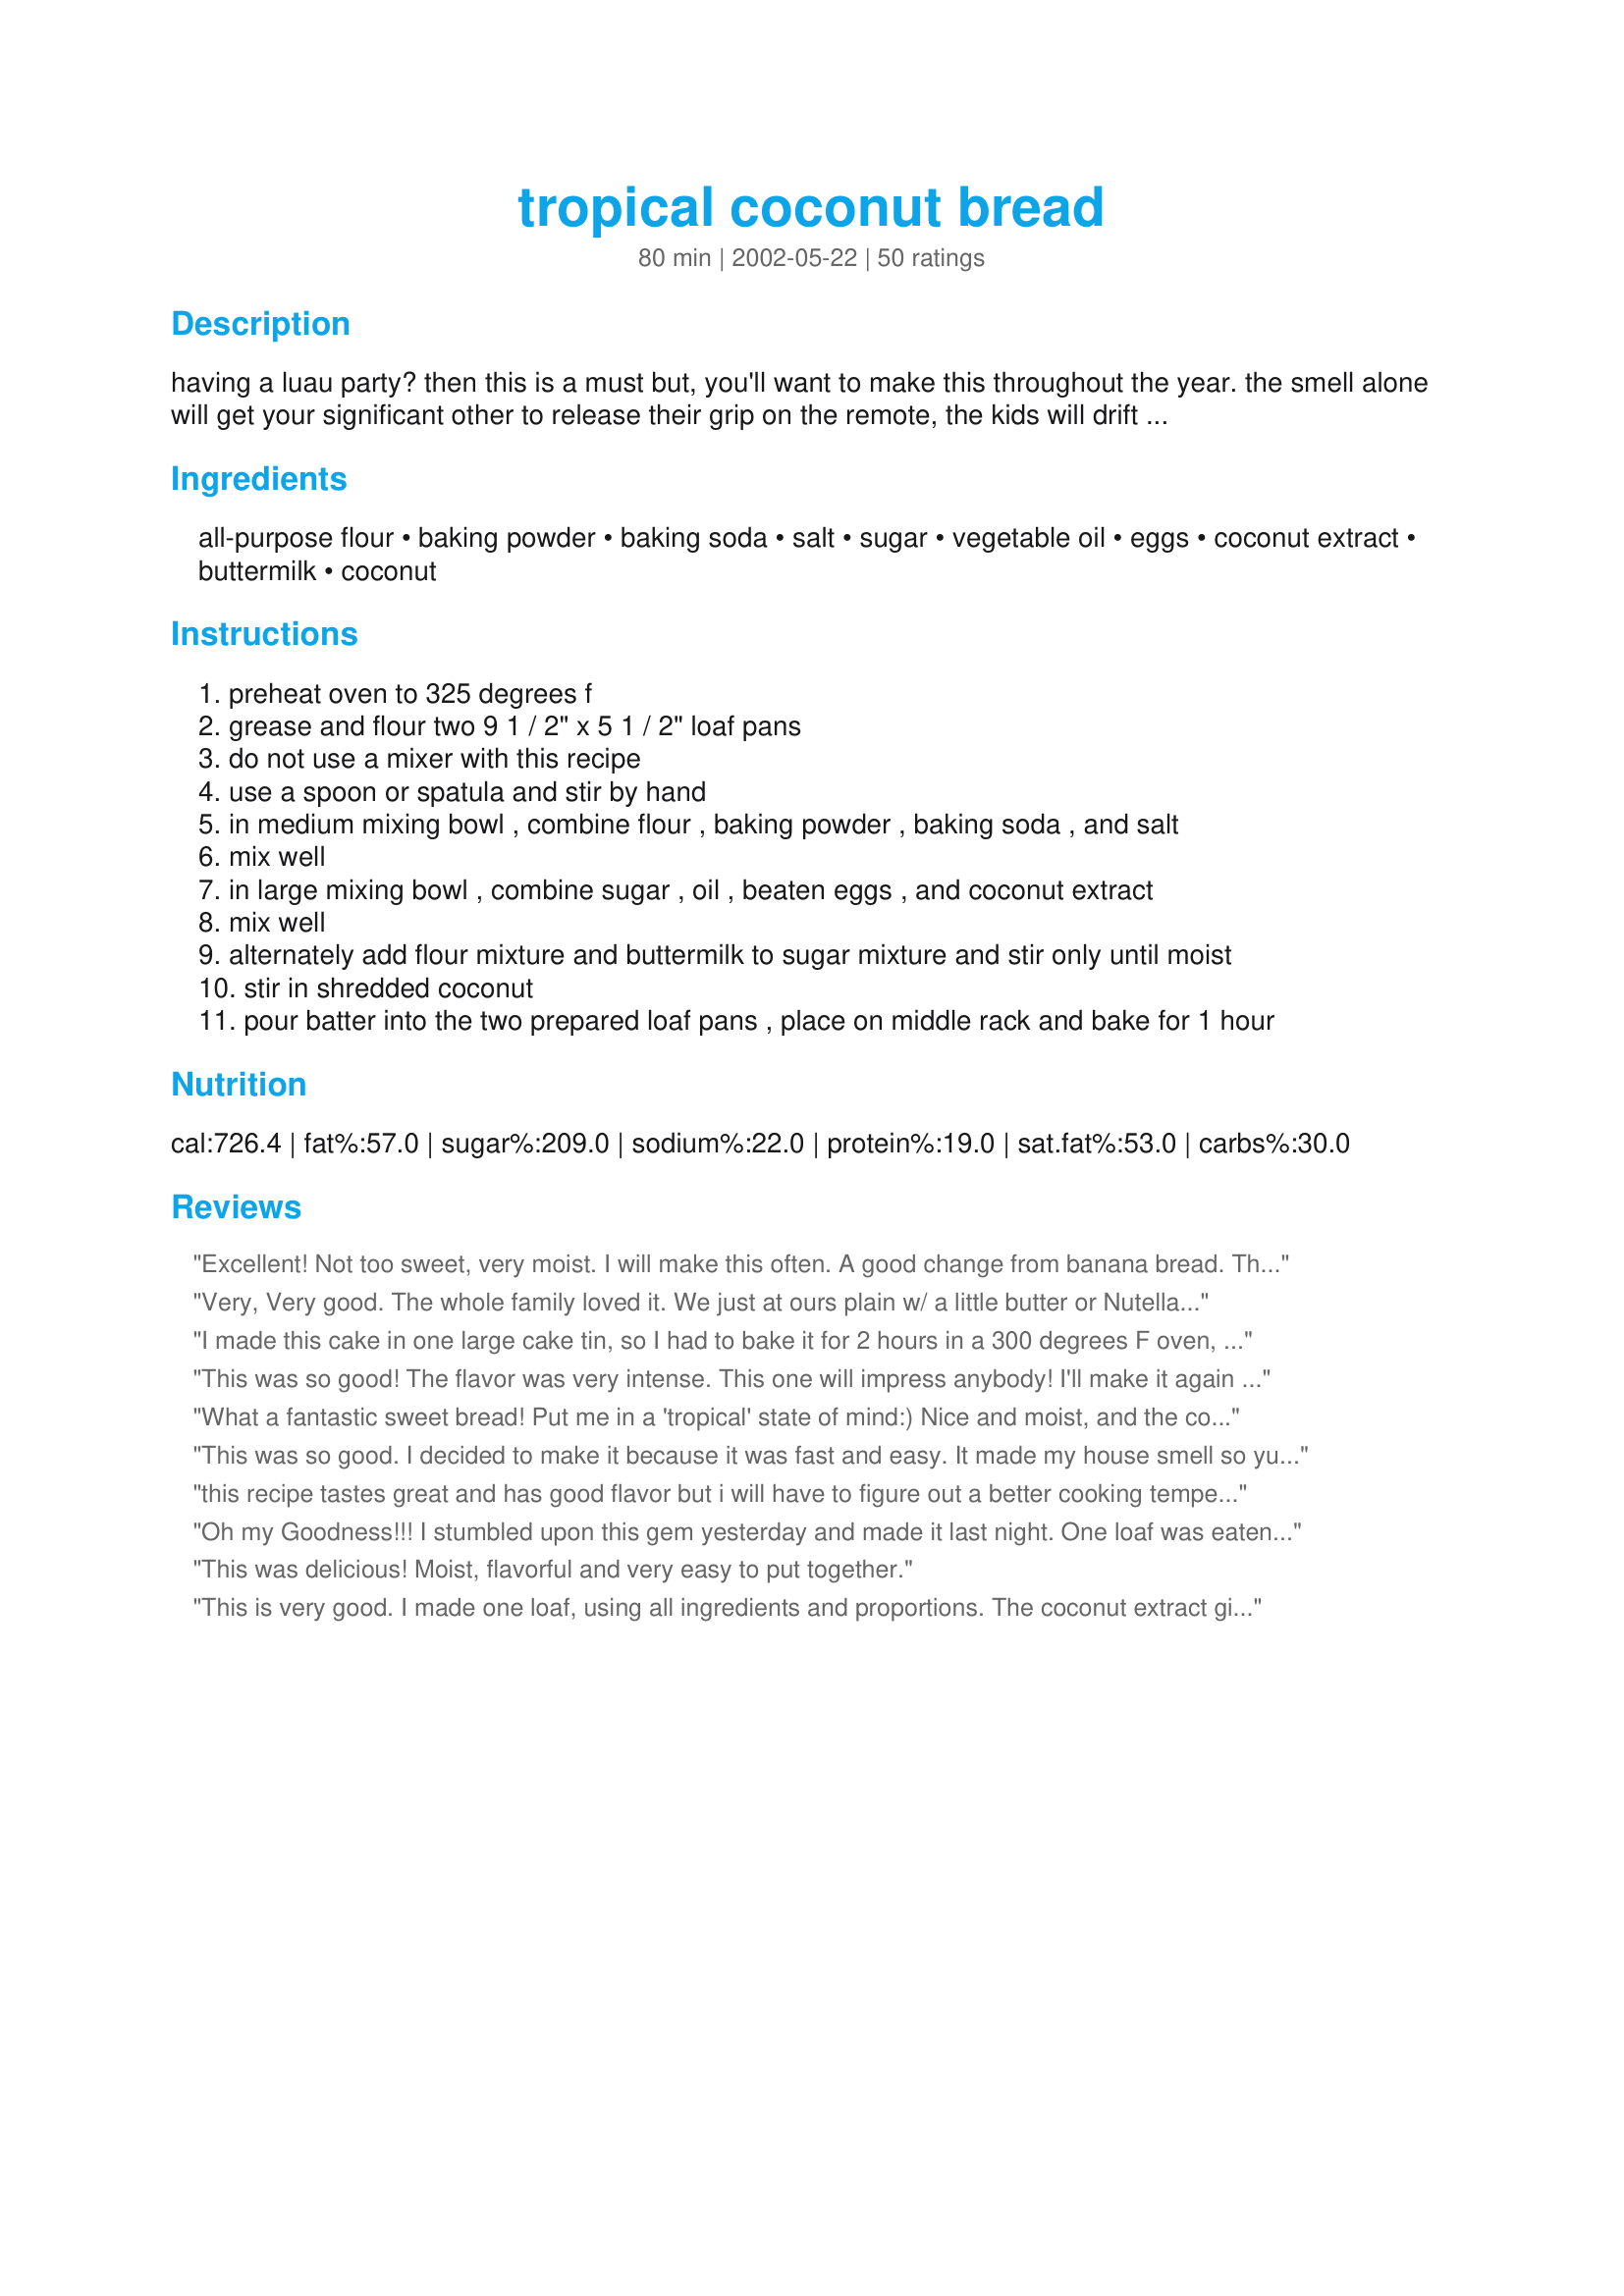
tropical coconut bread
Preparation time: 80 minutes

having a luau party? then this is a must but, you'll want to make this throughout the year. the smell alone will get your significant other to release their grip on the remote, the kids will drift out of their bedrooms and the neighbors might come knocking. i dare to say, this might even be an aphrodisiac! it's great alone but if you're adventurous, slice some strawberries on it or drizzle chocolate syrup over it and top it with some whipped cream.

Ingredients:
all-purpose flour, baking powder, baking soda, salt, sugar, vegetable oil, eggs, coconut extract, buttermilk, coconut

Steps:
preheat oven to 325 degrees f
grease and flour two 9 1 / 2" x 5 1 / 2" loaf pans
do not use a mixer with this recipe
use a spoon or spatula and stir by hand
in medium mixing bowl , combine flour , baking powder , baking soda , and salt
mix well
in large mixing bowl , combine sugar , oil , beaten eggs , and coconut extract
mix well
alternately add flour mixture and buttermilk to sugar mixture and stir only until moist
stir in shredded coconut
pour batter into the two prepared loaf pans , place on middle rack and bake for 1 hour

Reviews:
Excellent! Not too sweet, very moist. I will make this often. A good change from banana bread. Thanks.
Very, Very good. The whole family loved it. We just at ours plain w/ a little butter or Nutella! Didn't need anything else. I will make this again.
I made this cake in one large cake tin, so I had to bake it for 2 hours in a 300 degrees F oven, so the cake would bake evenly and not be burnt on the outside whilst still raw on the inside. Everybody loved it. And it got even better the next day. Wonderful!
This was so good! The flavor was very intense. This one will impress anybody! I'll make it again for sure!
What a fantastic sweet bread! Put me in a 'tropical' state of mind:) Nice and moist, and the coconut is a great flavor - something a little different from the usual. I used virgin coconut oil instead of the vegetable oil.
This was so good. I decided to make it because it was fast and easy. It made my house smell so yummy. I didn't have buttermilk on hand so I used 1 cup milk and 2 teaspoons vinegar and let it sit for five min before I used it. My entire family of 6 devoured it all. (Yes two loafs). I'm going to have to make more tomorrow. It was moist and light. Awesome recipe if you love coconut. Yummm.
this recipe tastes great and has good flavor but i will have to figure out a better cooking temperature and time. the bread started to turn brown and the center was still raw
Oh my Goodness!!! I stumbled upon this gem yesterday and made it last night. One loaf was eaten in about an hour by my family, and the other loaf was taken to work for a potluck. Within ten minutes I had a number of messages requesting this recipe! Gonna make some more tonight! YUMMMMY!!
This was delicious! Moist, flavorful and very easy to put together.
This is very good. I made one loaf, using all ingredients and proportions. The coconut extract gives the loaf a very strongly coconut flavor, and the shredded coconut adds an interesting texture, making this quite different from other quick breads. Thank you very much for sharing the recipe with us.
We liked this recipe, but didn't love it so I'm only giving it four stars. I like the texture the coconut adds, but I felt the flavor was too subtle for a quick bread. I think maybe adding some crushed pineapple make it better.
I substituted maple extract for the coconut extract. YUMMY!
So, I made this originally in October and I had the same problem as Poison_Ivy. The middles of my loaves never set and it was simply way too dense. This time, I used 1-1/2 cups of all purpose flour, and 1-1/2 cups of bread flour. I had no buttermilk, so I used a substitute of 1 tablespoon of white vinegar and added enough milk to make 1 cup, letting it stand for 10 or so minutes. At 325 degrees, it took me about 1-1/2 hours to bake the loaves, and using convection heat for the last 20 minutes. My bread came out beautifully brown with a crisp crust, but a nice moist middle. Thanks for sharing QTPetootie!
Easy and quick to make. Doubled the recipe and made 8 small loaves. Doesn't my sister have the greatest recipes in her book? Too bad I have been invited to sample them all!
This bread is really good. I have to confess though that I didn't have any coconut so I drained a can of crushed pineapple and used that. In hind site I wish I would have used part of the juice instead of all of that oil. I also used coconut milk as some of the other reviewers said. My husband loved it, it was moist and so good. Made it to take camping with us for breakfast..
Very good; not too sweet. Cut the recipe in half as I have 1 loaf pan. It may have affected the cooking time for it was a bit overdone. Will definitely make again. Thanks for posting!
We had a hospital-wide Nurses' Week brunch. I made this delicious quick bread and it was a very big hit. Had a good moist texture. The coconut flavor shined through and I used fresh shredded coconut which made it very yummy. Not a crumb left and had many requests for the recipe. Thanks QTPetootie.
This turned out great! The only changes I made, were as follows: I toasted the coconut in the oven, on a sheet pan at 300 for about 15 min, and allowed to cool before adding. Gives a crunchier texture, and nuttier flavor to the coconut. I also baked the whole recipe in a bundt pan. This has proven to be a great solution to the problem of very dense cakes and breads that tend to want to over-brown on the outside, before baking thru on the inside. Plus it's pretty. 2 loaf pan's worth of batter is a perfect fit for the bundt pan. I also sprayed the pan well with butter flavored spray, then coated well with granulated sugar. This gives such a fantastic chewy texture to the crust. I might try adding a bit of pineapple next time. This is a GREAT springboard recipe. Thank you so much QTPetootie!
This was amazing! It was so delicious that my family was fighting over for it. My family even thought it was a cake box mix! Next time i would use less shredded coconut (someone said that it was too chewy in the bread) or shred it more in a food processor. When the bread came out of the oven, it was hard and crusty on the outside, so i wrap it up in cling wrap when it cool down enough to not melt the wrap. This made the top stick and the sides soft. Thank you for the great recipe! We loved it and will be making it again and again. :)
I had just decided to be more strict with giving 5 stars to any given recipe, then I made this. It's definately "5 stars worthy" in my book! I'm so excited to take the extra loaf (that I have hidden) to my friends jewelry party tomorrow night. I DID take it out of the oven 15 minutes early. We just moved into a new home with a brand new KitchenAid double oven in June, so I'm assuming it is because my oven is still breaking in. (Many things are baking faster than usual.) Other than that, I followed the recipe as given. Thanks for a great bread for breakfast, tea, snack or dessert!
We really enjoyed this bread. It had substance, but wasn't heavy, with a lovely flavor. I'm going to try it with toasted coconut next time since I love all coconut but especially toasted. Thanks for sharing!
I made one loaf of this because we have so many sweets right now. I should have made both loaves. We passed up the Easter candy for this. I served this with Recipe #165385 on the side. DH said this was one of the best things I've ever made and DD is demanding the last piece for her lunch tomorrow. I will be making this again. I made it for Spring PAC 2009.
This bread is really good and the coconut made the difference. It wasn't too rich, but just right, and very moist, especially the next day. Another thing I liked about it was that it made two loaves. I took one loaf to the office and left in the lunchroom. It was gone by the end of the day, with lots of raves! Thanks for this different tasting sweet bread recipe!
Absolutely wonderful bread, & one that disappears quickly! I'd planned on gifting a loaf to a neighbor couple, & will, although not this first time around! Plan on making another couple of loaves today & then . . . Definitely a keeper of a recipe! Thanks so much for sharing the recipe for this delicious bread! [Made & reviewed in the current Let's P-A-R-T-Y! event]
I made this bread with splenda for baking and it turned out perfect....great taste!
I made these breads yesterday and gave them away. I added one cup of mini milk chocolate chips and 2/3 cup of chopped macadamia nuts. I had to bake these a little longer (possibly because of these additions) but the loaves looked very nice. The recipients loved the breads. Thank you for posting this recipe!
Ii made this yesteray, baked it in a 9 inch spring form pan. I used two pineapple Greek yogurt cups then added 2% milk to equal the 1cup of buttermilk required in the recipe. The cake was tender, a beautiful golden color and tasted delisicous!! A definite make again recipe!
Hey I'm Roxygirl's daughter. For a school project I made this and it everybody had something good to say about it. I thought it was perfect with great texture. It wasn't a complicated, time-consming recipie, either. I plan on making it again. Also I added vanilla extract, and almond extract. Thanks a million QTPetootie!
UNBELIVEABLE! I made this a few years ago and recently re-discovered it. This is something to bake on a cold day when your dreaming of summer, or any day! I added Pampered Chef&#039;s Sweet Mocha Hazelnut Sprinkles just before baking. It turned out beautifully. I have a little older stove and had to let it bake for 10 more minutes, came out perfect! QTPetootie you are a god for posting!!! Big love to the Tropical Coconut Bread! Love from Wisconsin!
One of my daughters wanted to learn to bake, so we chose this recipe because I wanted to start her off with one that does not require an electric mixer. She made this with ease and the bread came out perfectly.
We reserved a little of the batter, omitted the coconuts and added white chocolate chips instead and baked it in a little loaf tin. Just for fun, she topped the large loaf with more white chips. Both were equally delicious, and the taste just got better the next day. Thank you for sharing.
Reviewing this late as we had it for our Father's Day brunch.........Was wonderful. I enjoyed it best served warm. I'm sure to make it over and over.
Not that you need another stellar review, QTPatootie, but this bread is AWESOME!! I even subbed applesauce for half the oil and Splenda for half the sugar and it was just as moist as you could want. I first tasted it when it was still warm and thought it was good, but not spectacular. The next day and the next it just got better and better! The amount of coconut flavor is right on the money. I can't thank you enough; I will be making this lovely and easy bread often!
Instead of vegetable oil use 1 cup Dr. BRONNERS organic virgin Coconut oil. Omg its so good and nutty you can eat it from the jar. Makes the bread so moist and wonderful!
I made a couple small changes. Used coconut milk instead of buttermilk. And substituted 1/2 cup of the vegetable oil for coconut oil. It made the bread 4 times the coconut! Shared this with friends. It was wonderful. Thank you very much for sharing. I will make this again.
Taste was excellent! Except I cut the ingredients in half and made one load. I don't know why mine only needed 45 mins bake time and didn't rise much at all (just above an inch tall) w/9 1/2" x 5 1/2" loaf pan. If I want it to look more like a loaf of bread as pictured, what would you suggest the bake temperature and bake time to be if I use 2/3 of the ingredients to make one loaf?
I made this for my son's playgroup. Everyone raved. I was afraid some of the kids might not like the coconut, but they loved it. I used flake coconut instead of fresh or frozen shredded. Next time I'll try the frozen and see how that goes. It was delicious, almost like a pound cake. As a special dessert, it would be nice served with a dollop of whipped cream and some sliced strawberries.
Great bread! Very well liked and I followed the recipe exactly.
This was SO good. I used 1/2 whole wheat flour, added 2 bananas, 1 c. pecan halves unchopped, and 1 c. splenda instead of 2 c. sugar, and used the mixer but only to just mix. Baked it in 2 pans for 40 min. Perfect. Also, froze one of the loaves and had it later and it was STILL so good.. specially warm w/butter on it. This goes in my favorites file.
This is really really good! It makes 2 loaves and by the time we were done (my husband, 3kids, and I) there was only 1/2 loaf left. A definite keeper and a nice change from the old classic banana bread. Thank you for a great recipe!
WOW! This is incredible! I didn't change a thing and I don't plan to. There went my New Year's resolution-but so worth it! I didn't have buttermilk, so I used a tbs of lemon juice in a cup of milk and let it sit. Thank you so much and God Bless.
This recipe was terrible. I am from Trinidad and I spent most of my life cooking and baking Caribbean dishes and this is a poor representation of the breads and 'bakes' from the islands. Too much sugar, too much oil and just a very dull recipe that tastes like just that. I tried it and I was very disappointed with it. Threw it away immediately after tasting it.
Hey QTPetootie, sheerkerry had made this bread and shared it with our family, and of couse we all loved it, and by topping the bread with the Pampered Chef's Sweet Mocha Hazelnut Sprinkles, it made this bread taste even more wonderful. If and when I decide to make this bread myself, I'm going to top mine with a bit of a spreadable cream cheese, as I think that would taste very good on this bread. QTPetootie, thank you for posting this recipe, it certainly is a keeper!!
My husband and I loved this bread, it's similar consistancy to banana bread or zuccini bread. Very good.
My second review of this awesome recipe. This time I added 1 cup of chopped pineapple tidbits. Using the pineapple cuts down on the sweetness. It also takes away the coconut flavor, which I enjoy. Some like it either way. Makes a great give away. I use flake coconut. Thank you for the post. Peggy Martin at www.Awaken4u.com
mmmmm!! Taste so good. The kids really like it.
This recipe was SO EASY and very delicious! It's definitely a keeper! I love coconut and the flavor was very nice; not too strong and the shredded coconut (I used the unsweetened kind) helped keep the flavor "real" and the texture stay moist & soft.
This is positively the most delightfully delicious bread I have tasted. It is a real treat. I have some mango butter that I am looking forward to trying with this bread. We had this bread as a quick snack, but I think it would be wonderful for breakfast too, maybe even for dinner as a replacement for rolls.
I just can't say it enough..."This is delicious"!!! Everyone who has tried this thought it was soooooo good! It is definitely one of my keeper recipes to make again and again and again. Thanks for a fantastic recipe :)
This was very good. I used unsweetened coconut as the recipe didn't specify and it was still delicious and sweet. Very cake-like. Even my husband who does not usually like coconut gobbled half a loaf. Thanks.
Made 4 demi loaves with this recipe to add to a tropical buffet I put together for our local Chamber. Not a bit was left- a success!!!!
